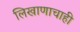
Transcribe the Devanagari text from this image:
लिखाणाचाही